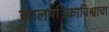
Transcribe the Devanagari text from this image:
जालपत्रिकाविश्वाचा